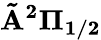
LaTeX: \mathbf{\tilde{A}^{2}\Pi_{1/2}}